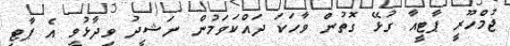
ޖުމްހޫރީ ޕާޓީއާ ގުޅޭ ގޮތުން ވާހަކަ ދައްކަވަމުން ނަޝީދު ވިދާޅުވީ އެ ޕާޓީ